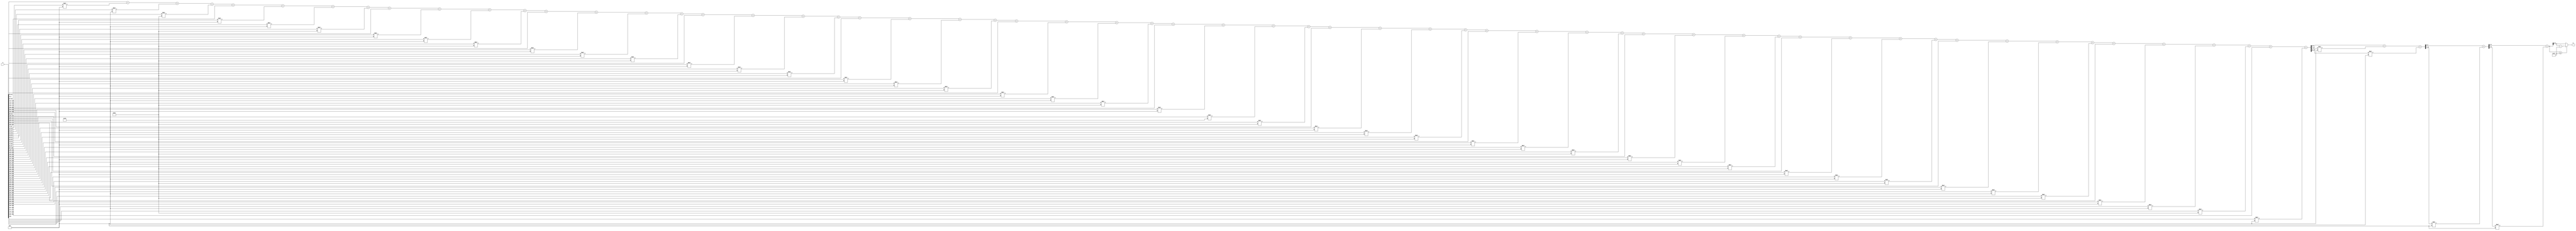
module x_400_mod_113(
    input [400:1] X,
    output [7:1] R
    );

wire [19:1] R_temp_1;
wire [13:1] R_temp_2;
wire [10:1] R_temp_3;
wire [8:1] R_temp_4;
reg [7:1]  R_temp;

assign R_temp_1 = X [ 7 : 1 ]  + X [ 14 : 8 ] * 4'b1111 + X [ 21 : 15 ] * 7'b1110000 + X [ 28 : 22 ] * 7'b1100010 + 
X [ 35 : 29 ]  + X [ 42 : 36 ] * 4'b1111 + X [ 49 : 43 ] * 7'b1110000 + X [ 56 : 50 ] * 7'b1100010 + X [ 63 : 57 ]  + 
X [ 70 : 64 ] * 4'b1111 + X [ 77 : 71 ] * 7'b1110000 + X [ 84 : 78 ] * 7'b1100010 + X [ 91 : 85 ]  + X [ 98 : 92 ] * 4'b1111 + 
X [ 105 : 99 ] * 7'b1110000 + X [ 112 : 106 ] * 7'b1100010 + X [ 119 : 113 ]  + X [ 126 : 120 ] * 4'b1111 + X [ 133 : 127 ] * 7'b1110000 + 
X [ 140 : 134 ] * 7'b1100010 + X [ 147 : 141 ]  + X [ 154 : 148 ] * 4'b1111 + X [ 161 : 155 ] * 7'b1110000 + X [ 168 : 162 ] * 7'b1100010 + 
X [ 175 : 169 ]  + X [ 182 : 176 ] * 4'b1111 + X [ 189 : 183 ] * 7'b1110000 + X [ 196 : 190 ] * 7'b1100010 + X [ 203 : 197 ]  + 
X [ 210 : 204 ] * 4'b1111 + X [ 217 : 211 ] * 7'b1110000 + X [ 224 : 218 ] * 7'b1100010 + X [ 231 : 225 ]  + X [ 238 : 232 ] * 4'b1111 + 
X [ 245 : 239 ] * 7'b1110000 + X [ 252 : 246 ] * 7'b1100010 + X [ 259 : 253 ]  + X [ 266 : 260 ] * 4'b1111 + X [ 273 : 267 ] * 7'b1110000 + 
X [ 280 : 274 ] * 7'b1100010 + X [ 287 : 281 ]  + X [ 294 : 288 ] * 4'b1111 + X [ 301 : 295 ] * 7'b1110000 + X [ 308 : 302 ] * 7'b1100010 + 
X [ 315 : 309 ]  + X [ 322 : 316 ] * 4'b1111 + X [ 329 : 323 ] * 7'b1110000 + X [ 336 : 330 ] * 7'b1100010 + X [ 343 : 337 ]  + 
X [ 350 : 344 ] * 4'b1111 + X [ 357 : 351 ] * 7'b1110000 + X [ 364 : 358 ] * 7'b1100010 + X [ 371 : 365 ]  + X [ 378 : 372 ] * 4'b1111 + 
X [ 385 : 379 ] * 7'b1110000 + X [ 392 : 386 ] * 7'b1100010 + X [ 399 : 393 ]  + X [ 400 ] * 4'b1111 ;

assign R_temp_2 = R_temp_1 [ 7 : 1 ]  + R_temp_1 [ 14 : 8 ] * 4'b1111 + R_temp_1 [ 19 : 15 ] * 7'b1110000 ;

assign R_temp_3 = R_temp_2 [ 7 : 1 ]  + R_temp_2 [ 13 : 8 ] * 4'b1111 ;

assign R_temp_4 = R_temp_3 [ 7 : 1 ]  + R_temp_3 [ 10 : 8 ] * 4'b1111 ;

always @(R_temp_4)
begin
  if (R_temp_4 >= 7'b1110001)
    R_temp <= R_temp_4 - 7'b1110001;
  else
    R_temp <= R_temp_4;
end

assign R = R_temp;

endmodule